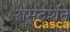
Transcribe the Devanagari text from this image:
रामदर्शन